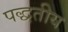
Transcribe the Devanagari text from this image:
पद्धतीय